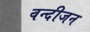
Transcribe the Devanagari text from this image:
वन्दीजन